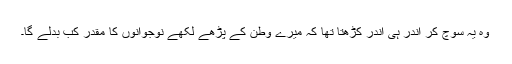
وہ یہ سوچ کر اندر ہی اندر کڑھتا تھا کہ میرے وطن کے پڑھے لکھے نوجوانوں کا مقدر کب بدلے گا۔